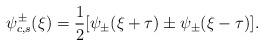
LaTeX: \begin{align*}\psi_{c, s}^{\pm}(\xi) = \frac{1}{2} [\psi_{\pm}(\xi + \tau) \pm \psi_{\pm}(\xi - \tau)].\end{align*}